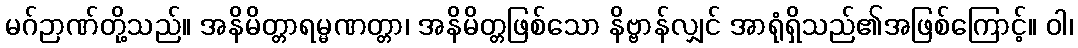
မဂ်ဉာဏ်တို့သည်။ အနိမိတ္တာရမ္မဏတ္တာ၊ အနိမိတ္တဖြစ်သော နိဗ္ဗာန်လျှင် အာရုံရှိသည်၏အဖြစ်ကြောင့်။ ဝါ၊